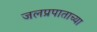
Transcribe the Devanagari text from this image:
जलप्रपाताच्या